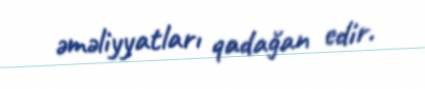
əməliyyatları qadağan edir.